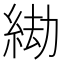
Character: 𦀖